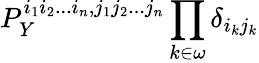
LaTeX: P_{Y}^{i_{1}i_{2}...i_{n},j_{1}j_{2}...j_{n}}\prod_{k\in\omega}\delta_{i_{k}j_{k}}